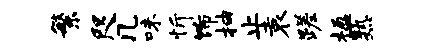
繁咫几味忻饰抽止袁蹉楹熟